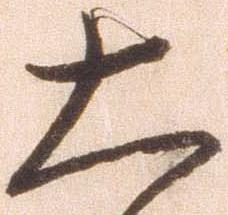
大